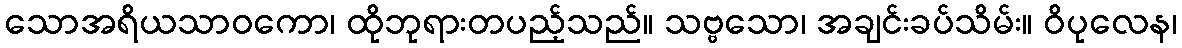
သောအရိယသာဝကော၊ ထိုဘုရားတပည့်သည်။ သဗ္ဗသော၊ အချင်းခပ်သိမ်း။ ဝိပုလေန၊